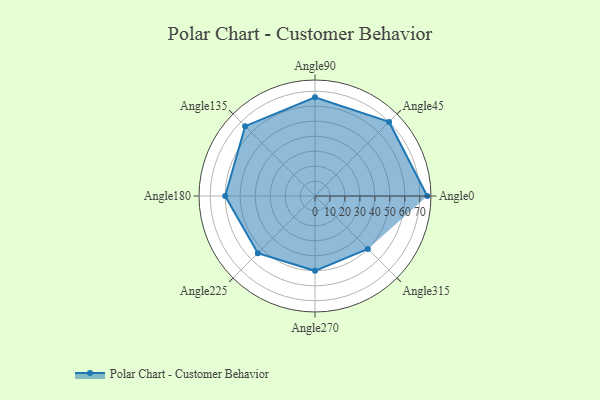
{"axis": {"x": "Angle", "y": "Radius"}, "legend": [""], "data": [{"x": "Angle0", "y": 75.0, "type": ""}, {"x": "Angle45", "y": 70.0, "type": ""}, {"x": "Angle90", "y": 66.0, "type": ""}, {"x": "Angle135", "y": 66.0, "type": ""}, {"x": "Angle180", "y": 60.0, "type": ""}, {"x": "Angle225", "y": 54.0, "type": ""}, {"x": "Angle270", "y": 50, "type": ""}, {"x": "Angle315", "y": 50, "type": ""}]}